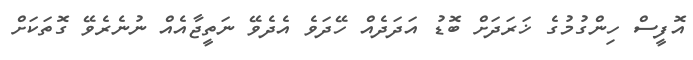
އޮފީސް ހިންގުމުގެ ޚަރަދަށް ބޮޑު އަދަދެއް ހޭދަވެ އެދެވޭ ނަތީޖާއެއް ނުނެރެވޭ ގޮތަކަށް